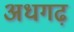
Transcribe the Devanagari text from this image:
अधगढ़